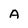
Character: A